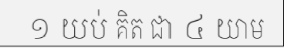
១ យប់ គិត ជា ៤ យាម